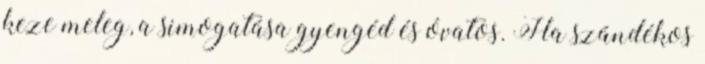
keze meleg, a simogatása gyengéd és óvatos. Ha szándékos